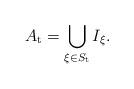
LaTeX: \begin{align*} A_{\mathrm{t}}= \bigcup_{\xi \in S_\mathrm{t}} I_\xi. \end{align*}